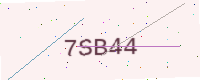
Text: 7SB44